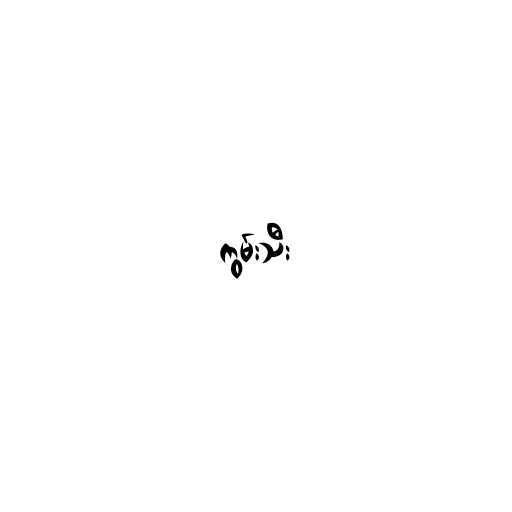
ကွမ်းသီး